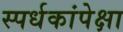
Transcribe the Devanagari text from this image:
स्पर्धकांपेक्षा